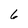
Character: 6